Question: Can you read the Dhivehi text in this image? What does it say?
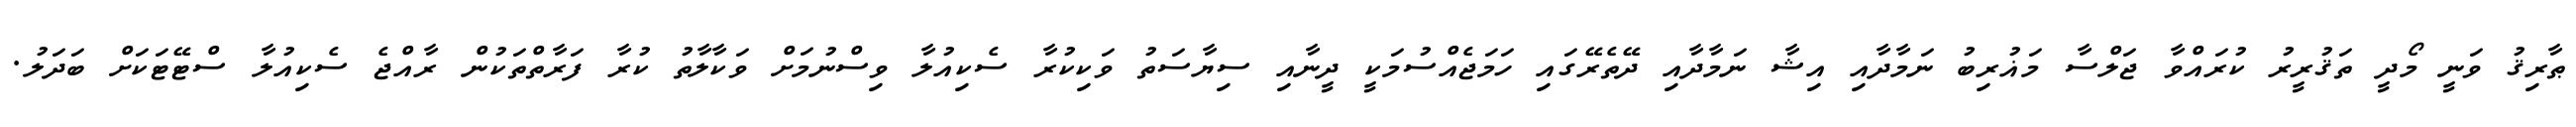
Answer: ޠާރިޤު ވަނީ މޯދީ ތަޤުރީރު ކުރައްވާ ޖަލްސާ މަޣުރިބު ނަމާދާއި އިޝާ ނަމާދާއި ދޭތެރޭގައި ހަމަޖެއްސުމަކީ ދީނާއި ސިޔާސަތު ވަކިކުރާ ސެކިއުލާ ވިސްނުމަށް ވަކާލާތު ކުރާ ފަރާތްތަކުން ރާއްޖެ ސެކިއުލާ ސްޓޭޓަކަށް ބަދަލު.